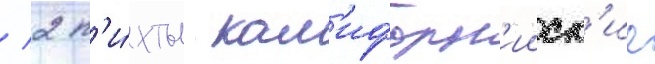
/ 2 п'и́хты кал'ифорн'ииск'ие